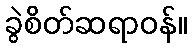
ခွဲစိတ်ဆရာဝန်။